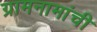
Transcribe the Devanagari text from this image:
ग्रामनामांची